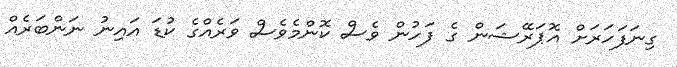
ގިނަފަހަރަށް އޮޕަރޭޝަން ގެ ފަހުން ވެސް ކޮންމެވެސް ވަރެއްގެ ކުޑަ އައިނު ނަންބަރެއް